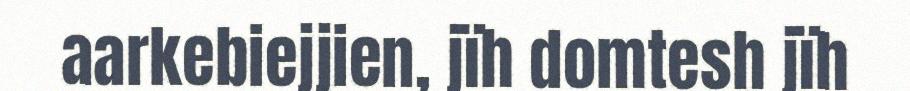
aarkebiejjien, jïh domtesh jïh